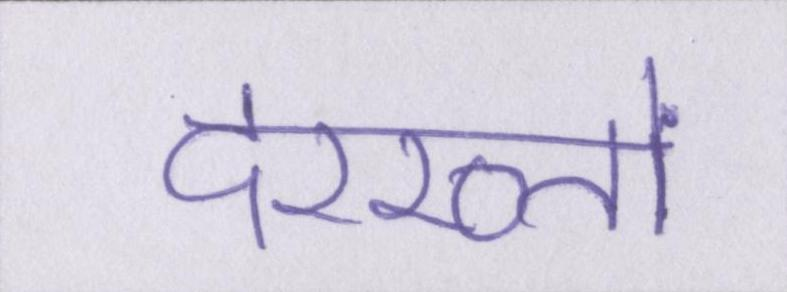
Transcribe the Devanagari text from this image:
दरख्तों